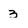
Character: 3